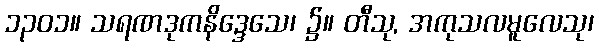
၁၃၀၁။ သရဏဒုကနိဒ္ဒေသေ၊ ၌။ တီသု, အကုသလမူလေသု၊